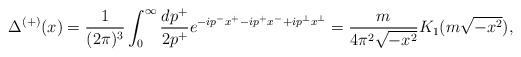
LaTeX: \begin{align*}\Delta^{(+)}(x) =\frac{1}{(2\pi)^3}\int_{0}^{\infty}\frac{dp^+}{2p^+}e^{-ip^-x^+ -ip^+x^- +ip^{\bot}x^{\bot}}=\frac{m}{4\pi^2\sqrt{-x^2}}K_1 (m\sqrt{-x^2}),\end{align*}